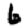
Digit: 6